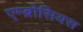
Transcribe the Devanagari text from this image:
एम्ब्रोसियस